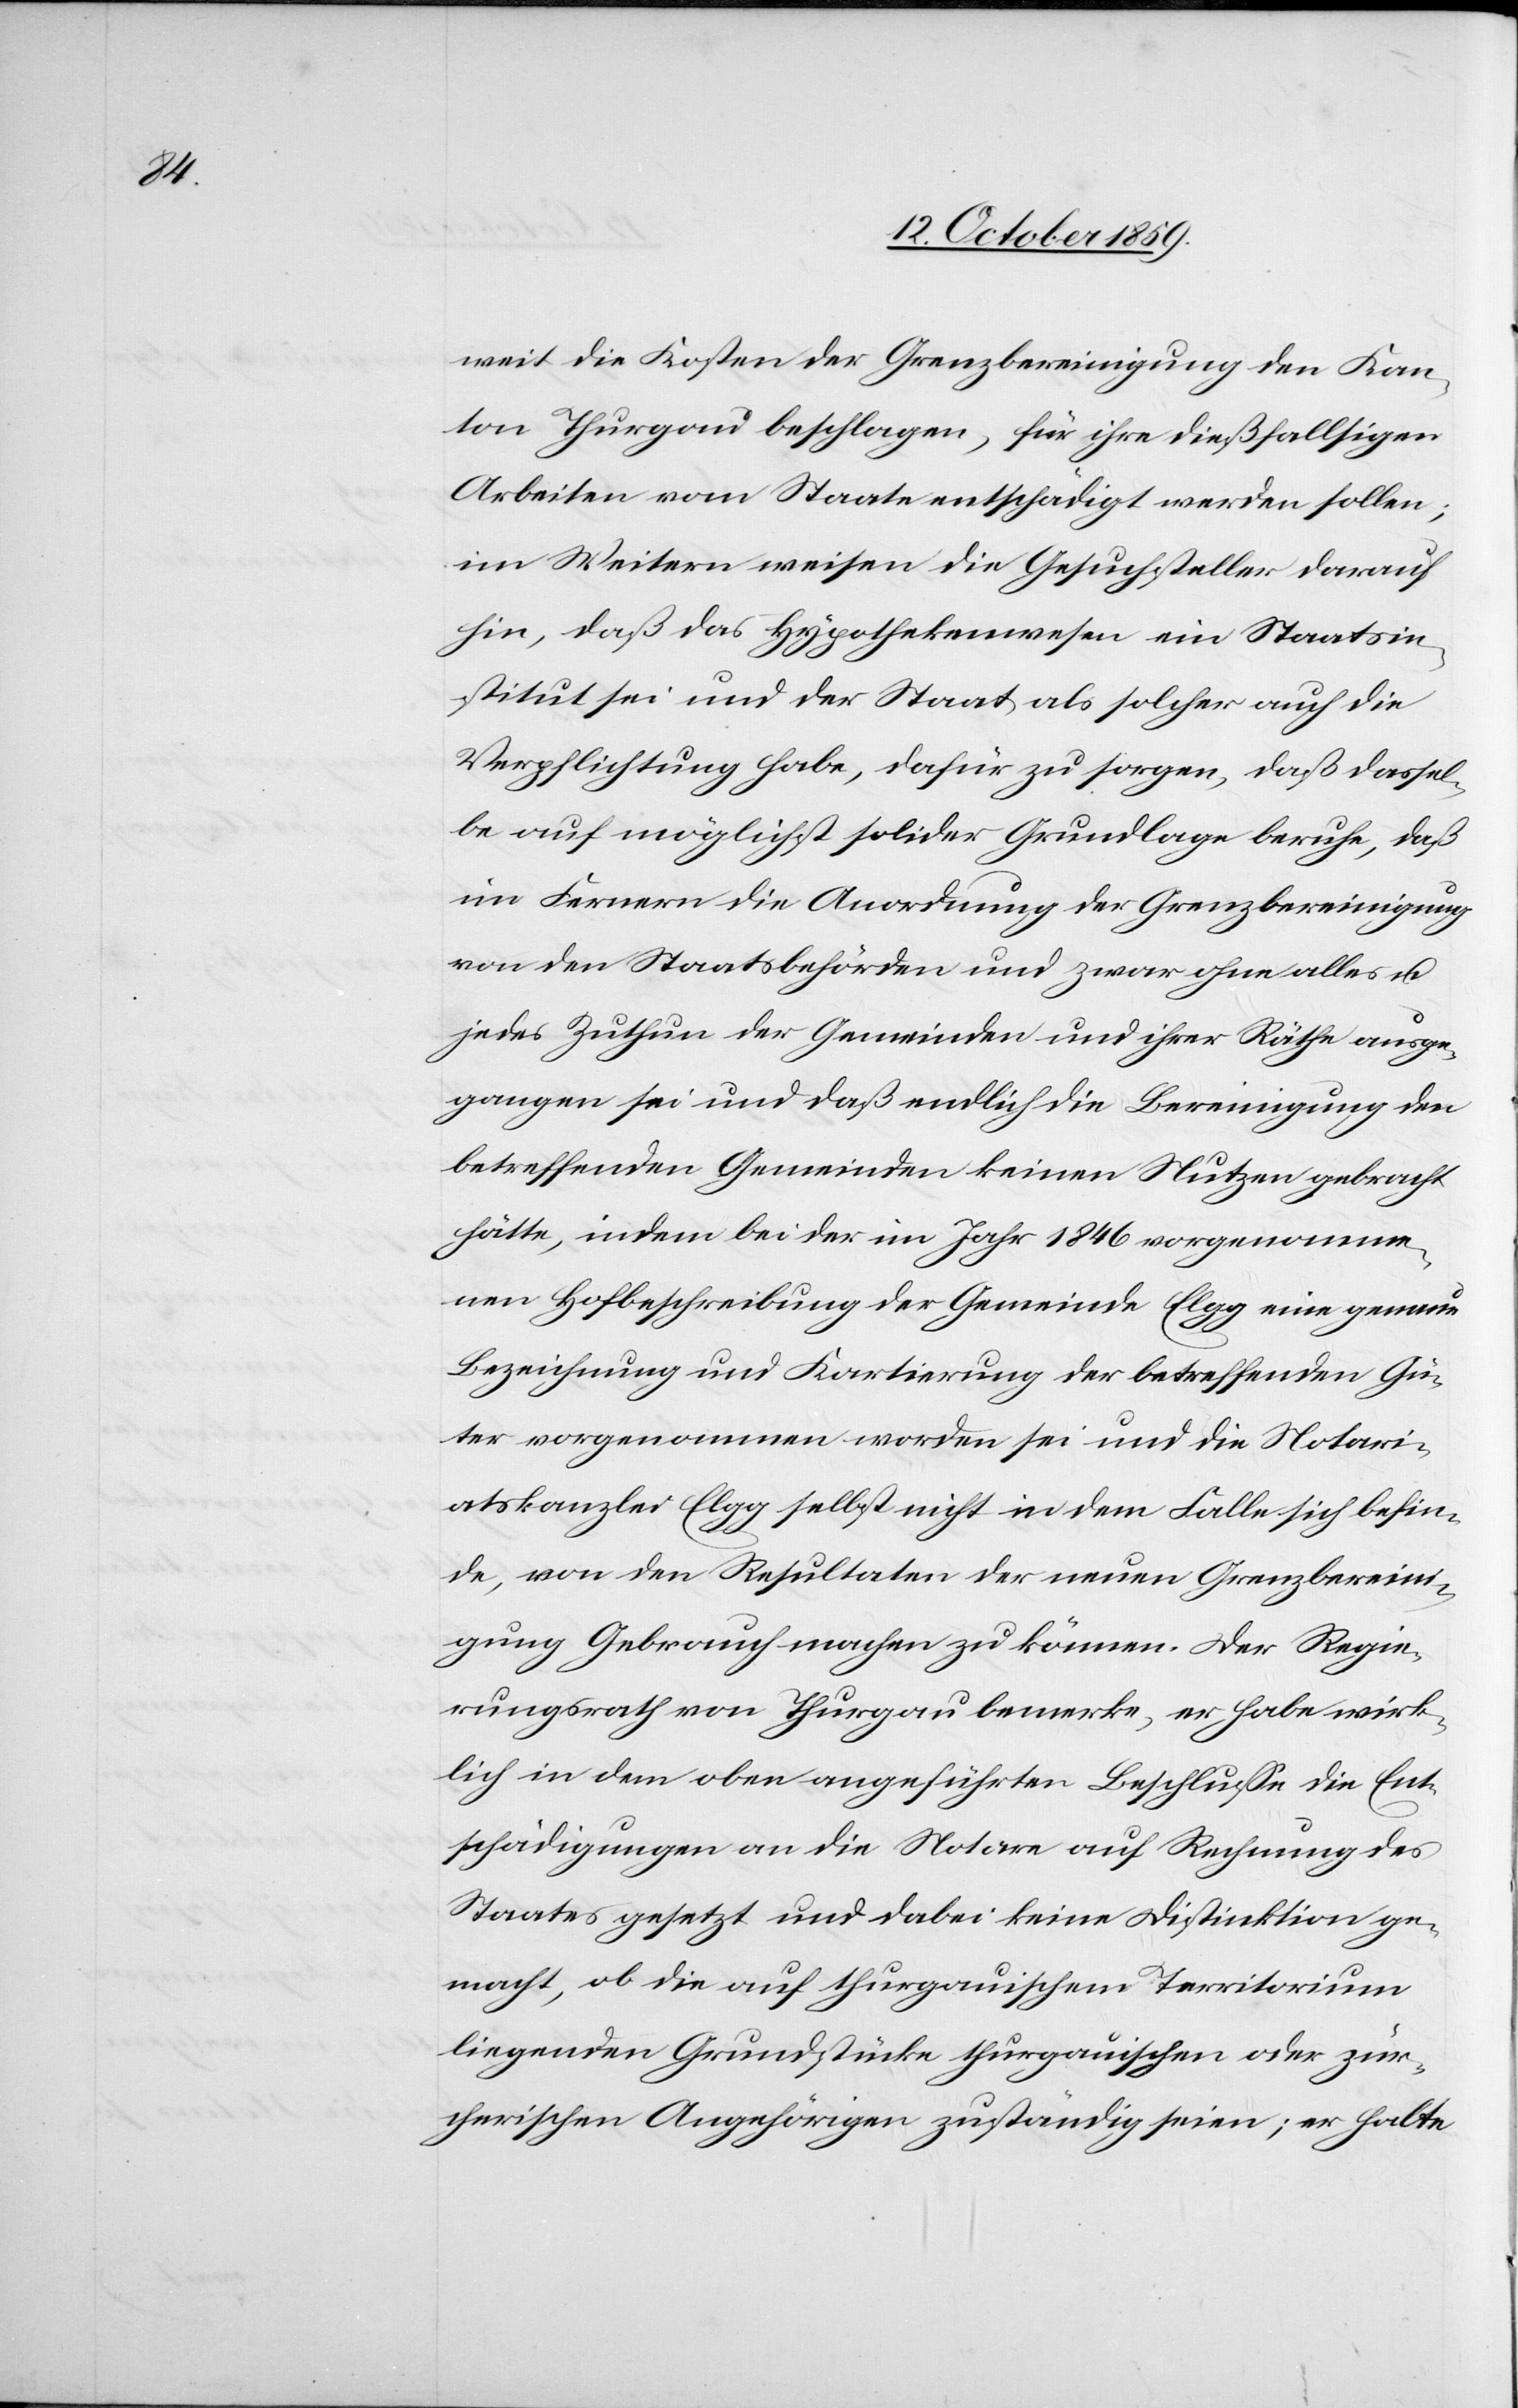
weit die Kosten der Grenzbereinigung den Kan¬
ton Thurgau beschlagen, für ihre dießfalligen
Arbeiten vom Staate entschädigt werden sollen;
im Weitern weisen die Gesuchsteller darauf
hin, daß das Hypothekenwesen ein Staatsin¬
stitut sei und der Staat als solcher auch die
Verpflichtung habe, dafür zu sorgen, daß dassel¬
be auf möglichst solider Grundlage beruhe, daß
im Fernern die Anordnung der Grenzbereinigung
von den Staatsbehörden und zwar ohne alles u.
jedes Zuthun der Gemeinden und ihrer Räthe ausge¬
gangen sei und daß endlich die Bereinigung der
betreffenden Gemeinden keinen Nutzen gebracht
hätte, indem bei der im Jahr 1846 vorgenomme¬
nen Hofbeschreibung der Gemeinde Elgg eine genaue
Bezeichnung und Kartierung der betreffenden Gü¬
ter vorgenommen worden sei und die Notari¬
atskanzlei Elgg selbst nicht in dem Falle sich befin¬
de, von den Resultaten der neuen Grenzbereini¬
gung Gebrauch machen zu können. Der Regie¬
rungsrath von Thurgau bemerke, er habe wirk¬
lich in dem oben angeführten Beschlusse die Ent¬
schädigung an die Notare auf Rechnung der
Staates gesetzt und dabei keine Distinktion ge¬
macht, ob die auf thurgauischem Territorium
liegenden Grundstücke thurgauischen oder zür¬
cherischen Angehörigen zuständig seien; er halte